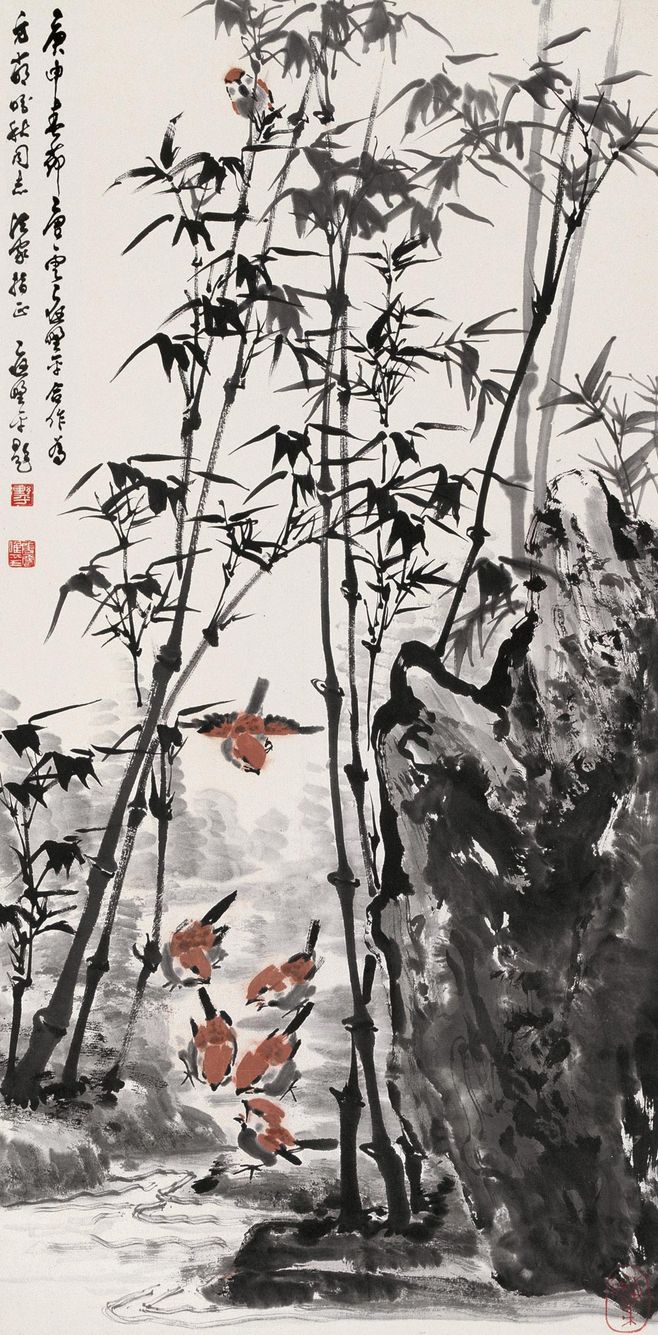
性孤高似柏，阿娇金屋。